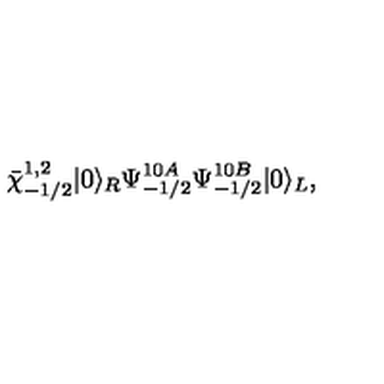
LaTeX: \bar { \chi } _ { - 1 / 2 } ^ { 1 , 2 } | 0 \rangle _ { R } \Psi _ { - 1 / 2 } ^ { 1 0 A } \Psi _ { - 1 / 2 } ^ { 1 0 B } | 0 \rangle _ { L } ,